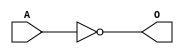
module JCINVD(A, O);
input   A;
output  O;
not g0(O, A);
endmodule